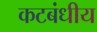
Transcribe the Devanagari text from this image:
कटबंधीय